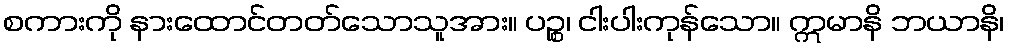
စကားကို နားထောင်တတ်သောသူအား။ ပဉ္စ၊ ငါးပါးကုန်သော။ ဣမာနိ ဘယာနိ၊